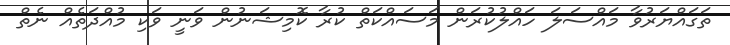
ތަގައްޔަރުވާ މައްސަލަ ހައްލުކުރަން މަސައްކަތް ކުރާ ކޮމިޝަނުން ވަނީ ވަކި މުއްދަތެއް ނެތް